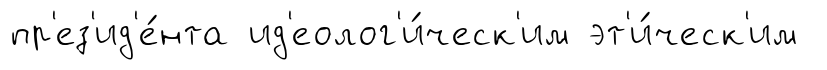
пр'ез'ид'е́нта ид'еолог'и́ческ'им эт'и́ческ'им